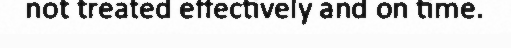
not treated effectively and on time.